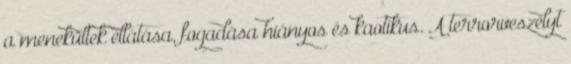
a menekültek ellátása, fogadása hiányos és kaotikus. A terrorveszélyt